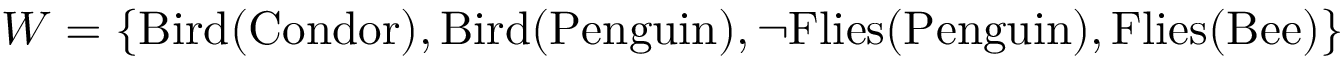
W = \{ \mathrm { B i r d } ( \mathrm { C o n d o r } ) , \mathrm { B i r d } ( \mathrm { P e n g u i n } ) , \neg \mathrm { F l i e s } ( \mathrm { P e n g u i n } ) , \mathrm { F l i e s } ( \mathrm { B e e } ) \}